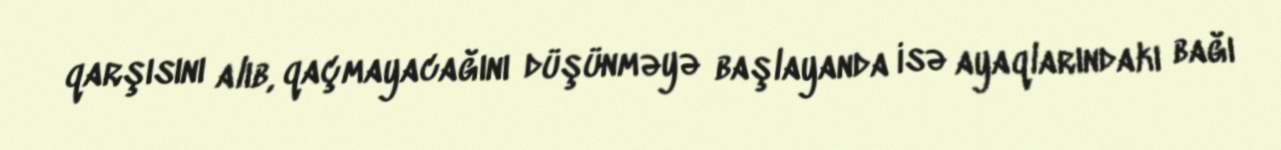
qarşısını alıb, qaçmayacağını düşünməyə başlayanda isə ayaqlarındakı bağı